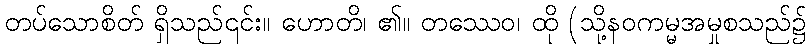
တပ်သောစိတ် ရှိသည်၎င်း။ ဟောတိ၊ ၏။ တဿေဝ၊ ထို (သို့နဝကမ္မအမှုစသည်၌